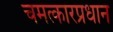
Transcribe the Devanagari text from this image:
चमत्कारप्रधान